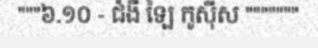
"""៦.១០ - ជំងឺ ឡៃ កូស៊ីស """""""